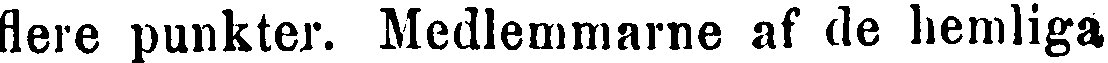
flere punkter, as de hemliga